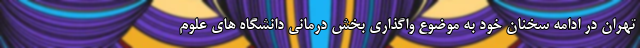
تهران در ادامه سخنان خود به موضوع واگذاری بخش درمانی دانشگاه های علوم